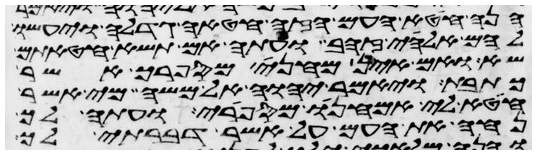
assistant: הנה חטא העם הזה חטאה גדלה ויעשו
להם אלהי זהב ועתה אם תשא חטאתם
שא ואם אין מחני מספרך אשר
כתבת ויאמר יהוה אל משה מי אשר
חטא לי אמחנו מספרי ועתה לך
נחה את העם על אשר דברתי לך